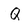
Character: Q